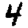
Digit: 4